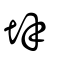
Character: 垶